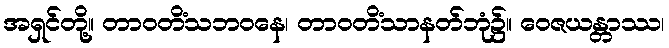
အရှင်တို့။ တာဝတိံသဘဝနေ၊ တာဝတိံသာနတ်ဘုံ၌။ ဝေဇယန္တာဿ၊